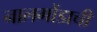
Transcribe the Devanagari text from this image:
नालगोंडाची